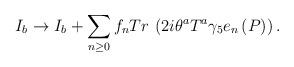
LaTeX: \begin{align*}I_{b}\rightarrow I_{b}+\sum\limits_{n\geq 0}f_{n}Tr\,\left( 2i\theta^{a}T^{a}\gamma _{5}e_{n}\left( P\right) \right) .\end{align*}